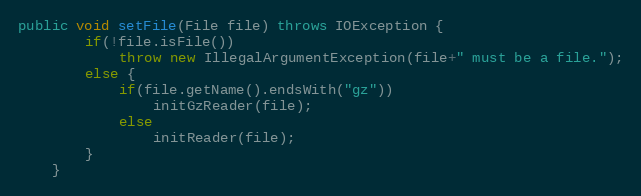
Language: Java
public void setFile(File file) throws IOException {
        if(!file.isFile())
            throw new IllegalArgumentException(file+" must be a file.");
        else {
            if(file.getName().endsWith("gz"))
                initGzReader(file);
            else
                initReader(file);
        }
    }